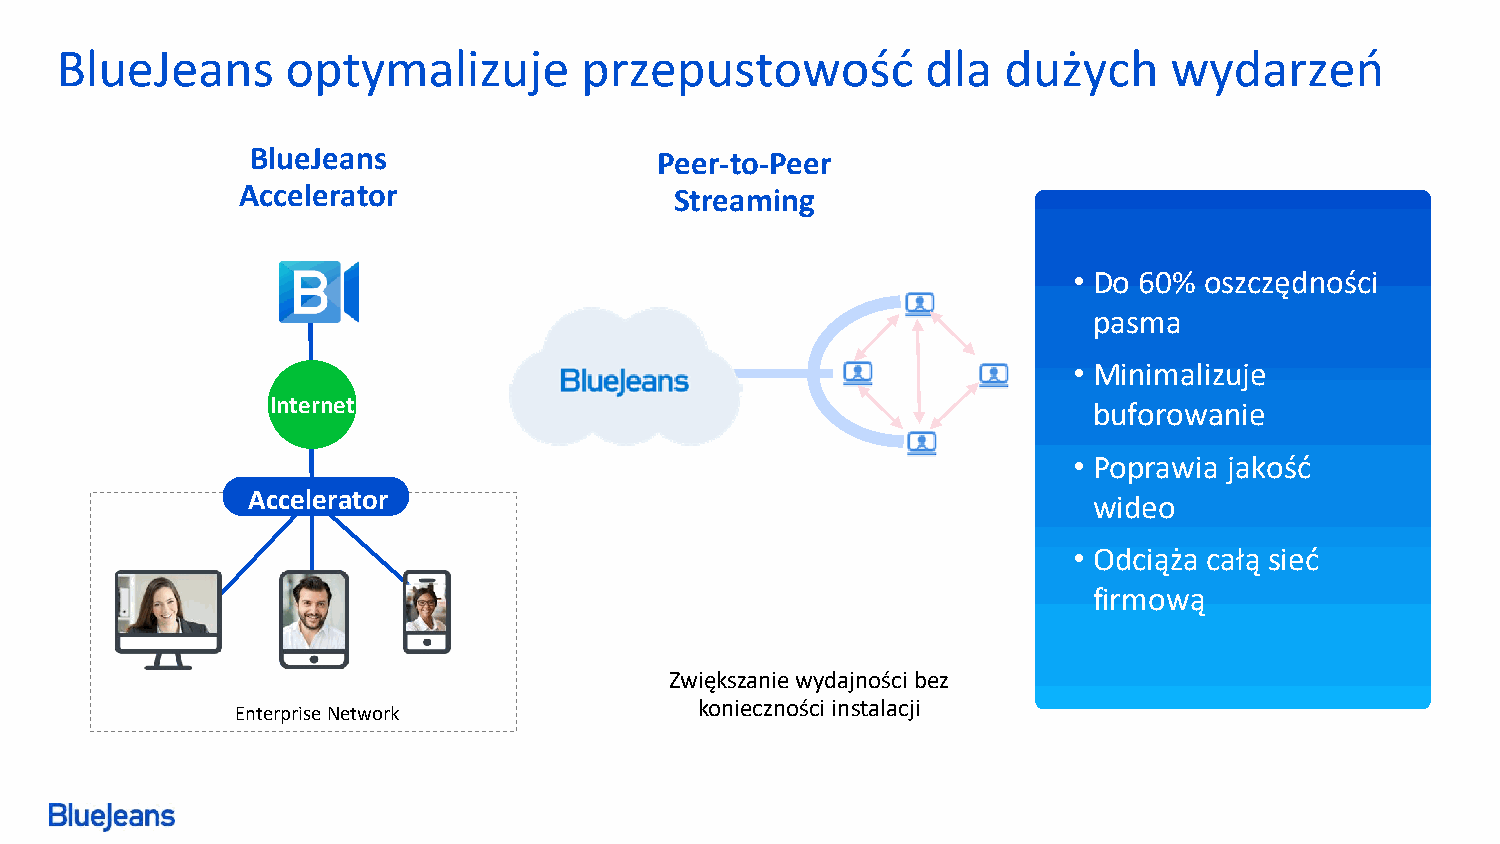
BlueJeans      optymalizuje       przepustowość          dla  dużych     wydarzeń
 BlueJeans                 Peer-to-Peer
 Accelerator                  Streaming
 • Do 60% oszczędności
 pasma
 • Minimalizuje
 Internet                                              buforowanie
 • Poprawia jakość
 Accelerator                                             wideo
 • Odciąża całą sieć
 firmową
 Zwiększanie wydajności bez
 konieczności instalacji
 EnterpriseNetwork
 © 2019 Blue Jeans Network, Inc. | Page 9